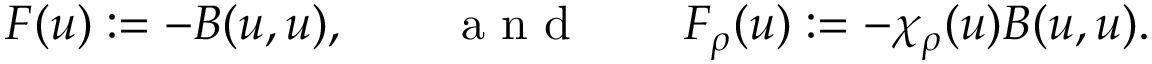
F ( u ) : = - B ( u , u ) , \qquad \mathrm { ~ a ~ n ~ d ~ } \qquad F _ { \rho } ( u ) : = - \chi _ { \rho } ( u ) B ( u , u ) .